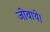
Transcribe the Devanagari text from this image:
जीवाथे।